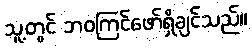
သူ့တွင် ဘဝကြင်ဖော်ရှိချင်သည်။